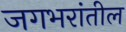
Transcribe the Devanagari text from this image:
जगभरांतील